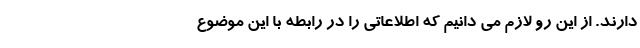
دارند. از این رو لازم می دانیم که اطلاعاتی را در رابطه با این موضوع